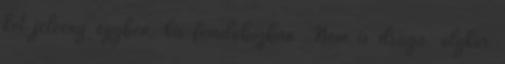
két jelvény egyben, kis fémdobozban. Nem is drága, olykor